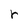
Character: r